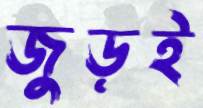
জুড়ই